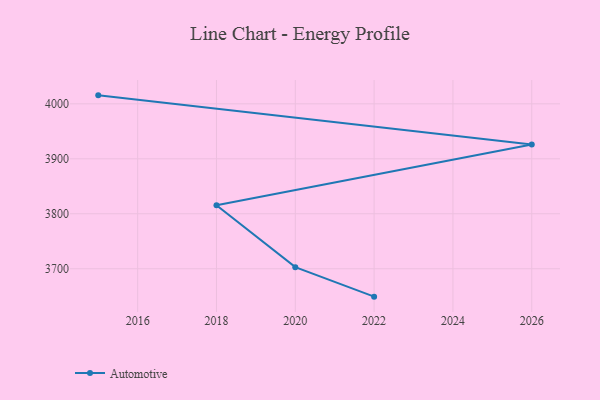
{"axis": {"x": "Year", "y": "Budget (USD K)"}, "legend": ["Automotive"], "data": [{"x": "2022", "y": 3649.2, "type": "Automotive"}, {"x": "2020", "y": 3702.9, "type": "Automotive"}, {"x": "2018", "y": 3815.6, "type": "Automotive"}, {"x": "2026", "y": 3925.9, "type": "Automotive"}, {"x": "2015", "y": 4015.4, "type": "Automotive"}]}